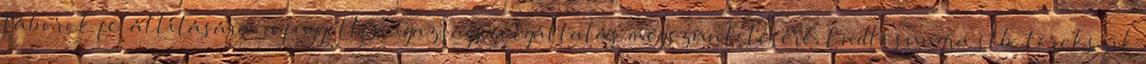
táborok felállítására, a független igazságszolgáltatás megszüntetésére, Endlösungra stb. törekszik